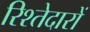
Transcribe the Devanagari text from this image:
रिश्‍तेदारों